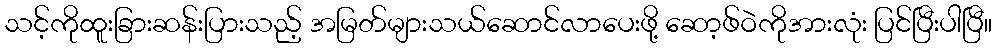
သင့်ကိုထူးခြားဆန်းပြားသည့် အမြတ်များသယ်ဆောင်လာပေးဖို့ ဆော့ဖ်ဝဲကိုအားလုံး ပြင်ပြီးပါပြီ။